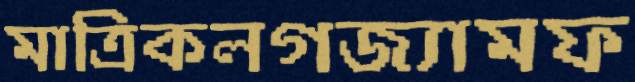
মাত্রিকলগজ্যামফ